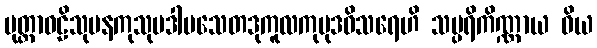
မုတ္တာဝဠိသုမနကုသုမဒါမသေတဒုကူလကုမုဒဝိသရေဟိ သမ္ပရိကိဏ္ဏာယ ဝိယ